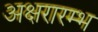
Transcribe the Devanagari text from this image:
अक्षरारम्भ